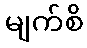
မျက်စိ